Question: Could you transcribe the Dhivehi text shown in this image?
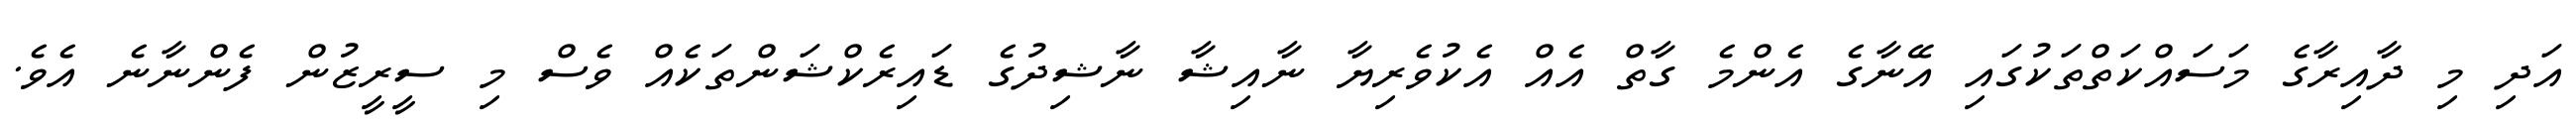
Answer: އަދި މި ދާއިރާގެ މަސައްކަތްތަކުގައި އޭނާގެ އެންމެ ގާތް އެއް އެކުވެރިޔާ ނާއިޝާ ނާޝިދުގެ ޑައިރެކްޝަންތަކެއް ވެސް މި ސީރީޒުން ފެންނާނެ އެވެ.